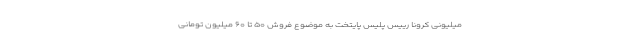
میلیونی کرونا رییس پلیس پایتخت به موضوع فروش ۵۰ تا ۶۰ میلیون تومانی